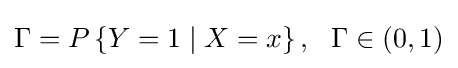
\Gamma =P\left\{Y=1\mid X=x\right\},\ \ \Gamma \in (0,1)